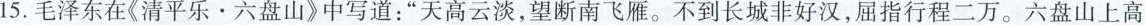
15.毛泽东在《清平乐。六盘山》中写道：”天高云淡，望断南飞雁。不到长城非好汉，屈指行程二万。六盘山上高